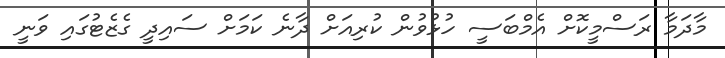
މާދަމާ ރަސްމީކޮށް އެމްބަސީ ހުޅުވުން ކުރިއަށް ދާނެ ކަމަށް ސައިދީ ގެޒެޓުގައި ވަނީ